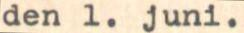
den 1. juni.